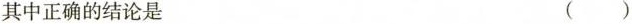
其中正确的结论是 ()